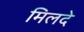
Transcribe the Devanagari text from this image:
मिलदे